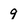
Character: 9